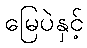
မြေပဲနှင့်